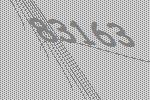
83163